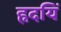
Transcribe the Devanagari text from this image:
हृदयिं